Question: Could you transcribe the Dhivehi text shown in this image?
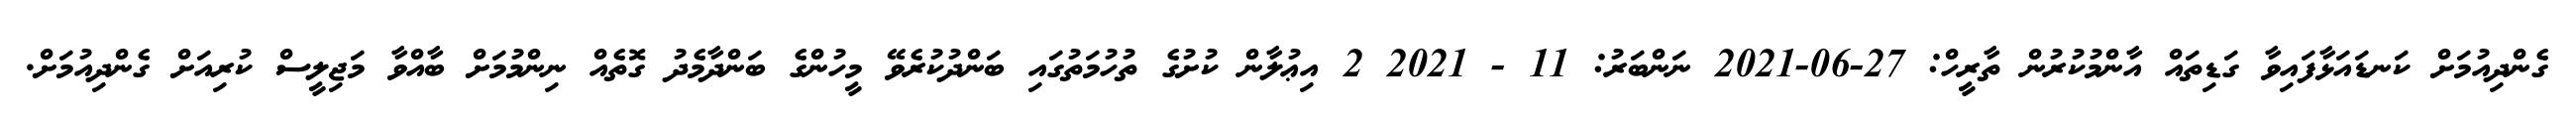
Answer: ގެންދިއުމަށް ކަނޑައަޅާފައިވާ ގަޑިތައް އާންމުކުރުން ތާރީހް: 27-06-2021 ނަންބަރު: 11 - 2021 2 އިޢުލާން ކުށުގެ ތުހުމަތުގައި ބަންދުކުރެވޭ މީހުންގެ ބަންދާމެދު ގޮތެއް ނިންމުމަށް ބާއްވާ މަޖިލީސް ކުރިއަށް ގެންދިއުމަށް.